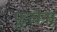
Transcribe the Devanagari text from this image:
फूलेना